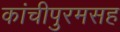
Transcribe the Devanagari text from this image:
कांचीपुरमसह